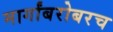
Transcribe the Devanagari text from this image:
मार्गांबरोबरच